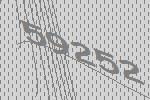
59252